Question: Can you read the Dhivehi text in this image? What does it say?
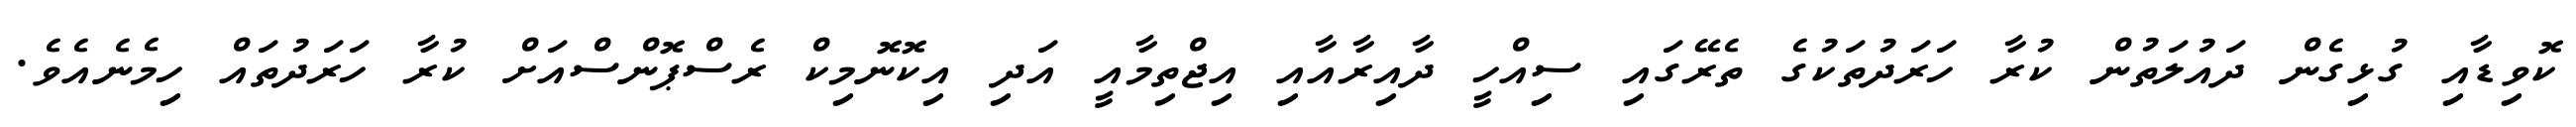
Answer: ކޮވިޑާއި ގުޅިގެން ދައުލަތުން ކުރާ ހަރަދުތަކުގެ ތެރޭގައި ސިއްހީ ދާއިރާއާއި އިޖްތިމާއީ އަދި އިކޮނޮމިކް ރެސްޕޮންސްއަށް ކުރާ ހަރަދުތައް ހިމެނެއެވެ.